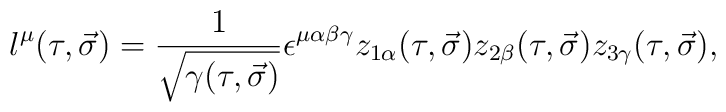
l^\mu(\tau,\vec{\sigma})=\frac{1}{\sqrt{\gamma(\tau,\vec{\sigma})}}\epsilon^{\mu\alpha\beta\gamma} z_{1\alpha}(\tau,\vec{\sigma})z_{2\beta}(\tau,\vec{\sigma}) z_{3\gamma}(\tau,\vec{\sigma}),